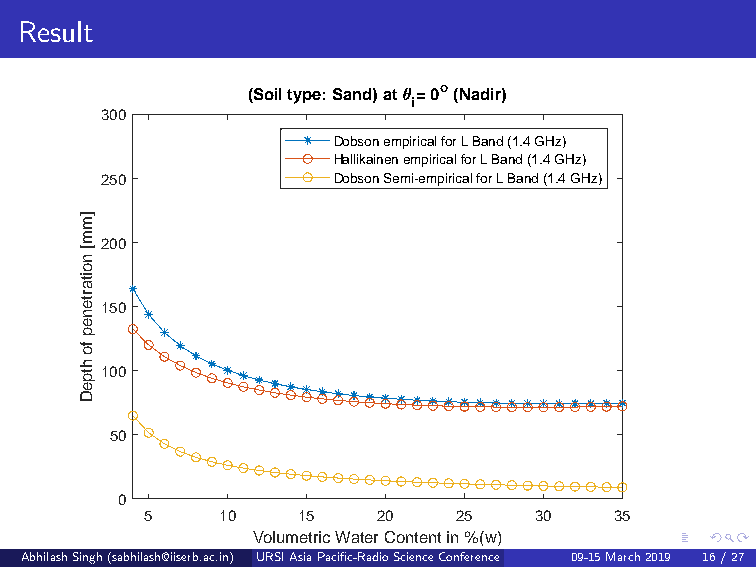
Result
 (Soil type: Sand) at = 0o (Nadir)
 i
 300
 Dobson empirical for L Band (1.4 GHz)
 Hallikainen empirical for L Band (1.4 GHz)
 250            Dobson Semi-empirical for L Band (1.4 GHz)
 ]m
 m
 200
 [
 n
 o
 ita
 rte150
 n
 e
 p
 fo
 h
 tp100
 e
 D
 50
 0
 5    10   15   20   25   30    35
 Volumetric Water Content in %(w)
 AbhilashSingh(sabhilash@iiserb.ac.in) URSIAsiaPacific-RadioScienceConference 09-15March2019 (De1p6ar/tm2e7ntofEarthandEnvironmentalSciencesIndianInstituteofScienceEducationandResearch,Bhopal,IndianInstituteofRemoteSensing,ISRO,Dehradun Presentedby:AbhilashSingh,DST-INSPIREFellow)